Vital statistics of India. Vol. VI, European troops 1870-79
Year: 1870
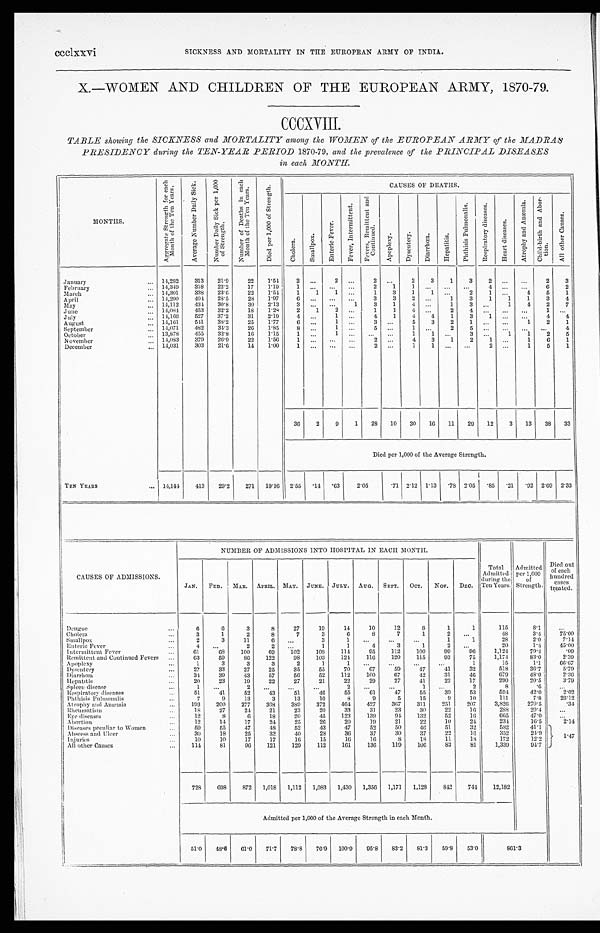
ccclxxvi SICKNESS AND MORTALITY IN THE EUROPEAN ARMY OF INDIA.
X.—WOMEN AND CHILDREN OF THE EUROPEAN ARMY, 1870-79.
CCCXVIII.
TABLE showing the SICKNESS and MORTALITY among the WOMEN of the EUROPEAN ARMY of the MADRAS
PRESIDENCY during the TEN-YEAR PERIOD 1870-79, and the prevalence of the PRINCIPAL DISEASES
in each MONTH.
MONTHS.
A g g r e g a t e S t r e n g t h f o r e a c h M o n t h o f t h e T e n Y e a r s .
A v e r a g e N u m b e r D a i l y S i c k .
N u m b e r D a i l y S i c k p e r 1 , 0 0 0 o f S t r e n g t h .
N u m b e r o f D e a t h s i n e a c h
M o n t h o f t h e T e n Y e a r s .
D i e d p e r 1 , 0 0 0 o f S t r e n g t h .
CAUSES OF DEATHS.
C h o l e r a . S m a l l p o x .
E n t r i c F e v e r .
F e v e r , I n t e r m i t t e n t .
F e v e r s , R e m i t t e n t a n d
Co n t i n u e d .
A p o p l e x y .
D y s e n t e r y . D i a r r h œ a .
H e p a t i t i s .
P h t h i s i s P u l m o n a l i s .
R e s p i r a t o r y d i s e a s e s .
H e a r t d i s e a s e s .
A t r o p h y a n d A n æ m i a .
C h i l d - b i r t h a n d A b o r -
t i o n .
A l l o t h e r C a u s e s .
January
... 14,282 313 21.9
22 1.54
2 ...
2
...
2
. . . 2
3
1
3
2
. . . . . .
2
3
February
. . . 14,349
318 22.2
17 1.19
1
. . .
. . . ...
2
1
1
. . .
. . . ...
4. . .
...
6
2
March
... 14,301
338 23.6
22 1.54
1
1
1 ...
1
3
1
1 ...
2
1
. . . 4
5
1
April
. . . 14,200 404 28.5
28 1.97
6 ... ... ...
3
3
2
. . . 1
3
1
1
1
3
4
May
. . . 14,112
434 30.8
30 2.13
3 ...
. . .
1
3
1
4
. . . 1
3 ...
1
4
2
7
June
. . . 14,084
453 32.2
18 1.28
2
1
2
... 1
1
4
. . . 2
4 . . .
. . . . . . 1 ...
July
. . . 14,166
527 37.2
31 2.19
4
. . . 1 ...
4
1
4 4
1
3
1
. . . . . . 4
4
August
... 14,161
541 38.2
25 1.77
6
. . . 1 ...
3
. . . 5
3
2
1 ... ...
1
2
1
September
... 14,071
482 34.3
26 1.85
8
. . . 1 ...
5
. . . 1
. . . 2
5
. . . ... ... ...
4
October
. . . 13,878
455 32.8
16 1.15
1 ...
1 ...
. . .
. . . 1
1
. . . 3 ...
1
1
2
5
November
. . . 14,083
379 26.9
22 1.56
1 ...
. . .
...
2
. . . 4 3
1
2
1
. . . 1
6
1
December
... 14,031
303 21.6
14 1.00
1 ...
. . . ...
2
. . .
1
1
. . .
. . .
2
. . .
1
5
1
36 2
9 1 28 10 30 16 11 29 12
3 13 38 33
Died per 1,000 of the Average Strength.
TEN YEARS
... 14,144 413 29.2 271 19.16 2.55 .14 .63
2.05
.71 2.12 1.13 .78 2.05 .85 .21
. 9 2 2.69 2.33
CAUSES OF ADMISSIONS.
NUMBER OF ADMISSIONS INTO HOSPITAL IN EACH MONTH.
Total
Admitted
during the
Ten Years.
Admitted
per 1,000
of
Strength.
Died out
of each
hundred
c a s e s
t r e a t e d .
JAN. FEB. MAR. APRIL. MAY. JUNE. JULY. AUG. SEPT. OCT. NOV.
DEC.
Dengue
...
6 6
3
8
27
19
14
10
12
8
1
1
115
8.1
...
Cholera
. . .
3
1
2
8
7
3
6
8
7
1
2
. . .
48
3 . 4
75.00
Smallpox
. . .
2
3
11
6 ...
3
1 ...
...
...
1
1
28
2.0
7.14
Enteric Fever
. . .
4 ...
2
2 .
..
1
1
4
3
1
2
. . .
20
1.4
45.00
Intermittent Fever
Remittent and Continued Fevers
...
61
63
6 8
59
100
86
69
122
102
98
108
103
114
124
95
116
112
120
100
115
99
93
9 6
75
1,124
1,174
79. 4
83. 0
. 0 9
2 . 3 9
Apoplexy
...
1
3
3
3
2
1
1
. . . ...
...
...
1
15
1 . 1
66.67
Dysentery
...
27
33
27
25
35
55
70
67
59
47
41
32
518
36. 7
5.79
Di a r r h œa
. . . 34
39
43
57
56
52
112
100
67
42
31
46
679
48.0
2.36
He p a t i t i s
. . . 20
23
19
22
27
21
22
29
27
41
22
17
290
20.5
3.79
Spleen disease
. . .
1
...
2
... . . .
. . .
2
. . .
. . .
1
. . .
2
8
.6
...
Respi ratory di seases
. . .
51
41
52
43
51
46
55
61
47
55
39
53
594
42.0
2.02
Phthisis Pulmonalis
...
7
9
13
3
13
10
8
9
5
1 5
9
10
111
7.8
26.12
Atrophy and Anæmia
...
193 200
277
368 389
372
464 427
367
311
251
207
3,826
270.5
. 3 4
Rheumatism
. . .
18
27
24
21
23
20
33
31
23
30
22
16
288
20. 4
...
Eye diseases
...
12
8
6
18
20
45
123
139
94
132
52
16
665
47.0
...
Abortion
...
12
14
17
24
25
26
20
19
21
22
10
24
234
16.5
2.14
Diseases peculiar to Women ...
59
55
47
48
52
43
47
52
50
46
51
32
582
41.1
1.47
Abscess and Ulcer
...
30
18
25
33
40
28
36
37
30
37
22
16
352
24.9
Injuries
...
10
10
17
17
16
15
16
16
8
18
11
18
172
12. 2
All other Causes
...
114
81
9 6 121
129
112
161
136 119
106
83
81
1,339
94.7
728 698
872 1,018 1,112 1,083 1,430 1,356 1,171 1,128
842
744
12,182
Admitted per 1,000 of the Average Strength in each Month.
51.0 48.6 61.0 71.7 78.8 76.9 100.9 95.8 83.2 81.3 59.8 53.0
861.3